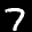
Label: 7